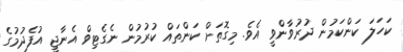
ކަހަލަ ކަންކަމުން ދުރުވާންވީ އެވެ. މިގޮތަށް ކަންތައް ކުރުމުން ނެގެޓިވް އެނާޖީ އުފެދުމުގެ